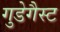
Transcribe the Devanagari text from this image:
गुडेगैस्ट